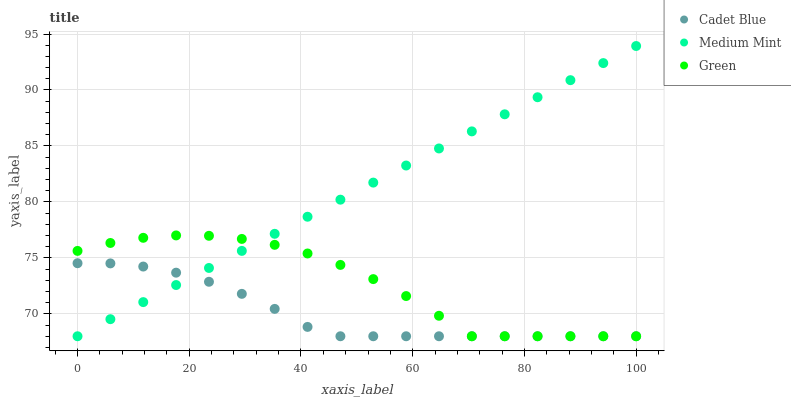
| xaxis_label | Cadet Blue | Medium Mint | Green |
 | --- | --- | --- | --- |
 | 0 | 74.5 | 68 | 75.6 |
 | 5.88 | 74.5 | 69.5 | 76.3 |
 | 11.8 | 74.2 | 71.1 | 76.8 |
 | 17.6 | 73.7 | 72.6 | 77 |
 | 23.5 | 72.9 | 74.1 | 77 |
 | 29.4 | 71.8 | 75.6 | 76.7 |
 | 35.3 | 70.4 | 77.2 | 76.2 |
 | 41.2 | 68.8 | 78.7 | 75.4 |
 | 47.1 | 68 | 80.2 | 74.4 |
 | 52.9 | 68 | 81.7 | 73.1 |
 | 58.8 | 68 | 83.3 | 71.6 |
 | 64.7 | 68 | 84.8 | 69.8 |
 | 70.6 | 68 | 86.3 | 68 |
 | 76.5 | 68 | 87.8 | 68 |
 | 82.4 | 68 | 89.4 | 68 |
 | 88.2 | 68 | 90.9 | 68 |
 | 94.1 | 68 | 92.4 | 68 |
 | 100 | 68 | 93.9 | 68 |